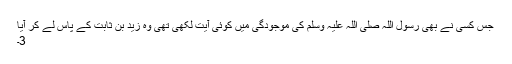
جس کسی نے بھی رسول اللہ صلی اللہ علیہ وسلم کی موجودگی میں کوئی آیت لکھی تھی وہ زید بن ثابت کے پاس لے کر آیا
3۔